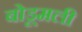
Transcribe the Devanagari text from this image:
बोडूमली